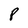
Character: P